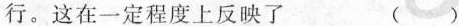
行。这在一定程度上反映了 ( )